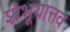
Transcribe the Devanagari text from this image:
शंभूयात्तव